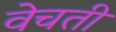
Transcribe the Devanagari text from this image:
वेचती